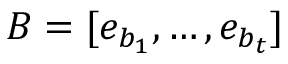
B = [ e _ { b _ { 1 } } , \dots , e _ { b _ { t } } ]